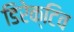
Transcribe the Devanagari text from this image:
डिरेक्टिव